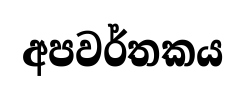
අපවර්තකය